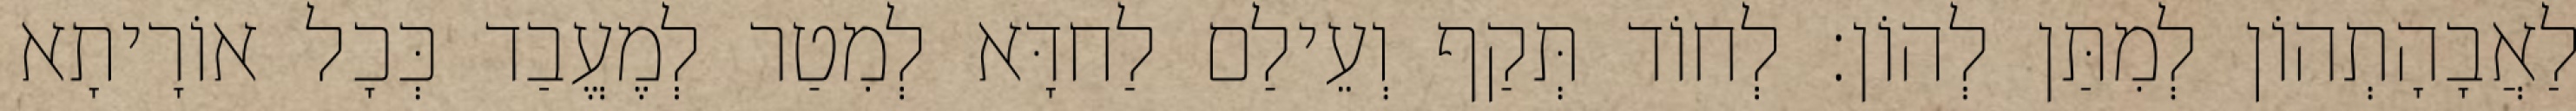
לַאֲבָהָתְהוֹן לְמִתַּן לְהוֹן׃ לְחוֹד תְּקַף וְעֵילַם לַחדָּא לְמִטַר לְמֶעֱבַד כְּכָל אוֹרָיתָא